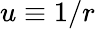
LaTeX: u\equiv 1/r